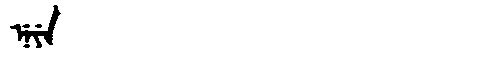
Manchu: ᠨᡝᠶᡝ
Romanization: NEYE